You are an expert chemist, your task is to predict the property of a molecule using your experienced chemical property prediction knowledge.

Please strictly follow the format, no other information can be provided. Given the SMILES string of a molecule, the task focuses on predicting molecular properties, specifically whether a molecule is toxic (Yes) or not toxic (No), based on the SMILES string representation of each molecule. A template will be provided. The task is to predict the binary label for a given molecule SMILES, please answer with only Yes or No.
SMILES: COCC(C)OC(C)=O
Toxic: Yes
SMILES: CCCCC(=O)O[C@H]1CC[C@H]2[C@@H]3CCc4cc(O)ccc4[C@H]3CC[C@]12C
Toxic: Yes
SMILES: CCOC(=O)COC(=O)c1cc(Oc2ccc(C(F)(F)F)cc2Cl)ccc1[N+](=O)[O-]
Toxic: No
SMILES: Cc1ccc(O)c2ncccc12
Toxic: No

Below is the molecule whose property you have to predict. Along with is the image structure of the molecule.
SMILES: O=C(O)c1ccc(OCCN2CCCCC2)cc1
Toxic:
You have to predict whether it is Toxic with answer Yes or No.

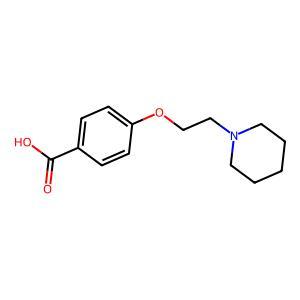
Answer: No